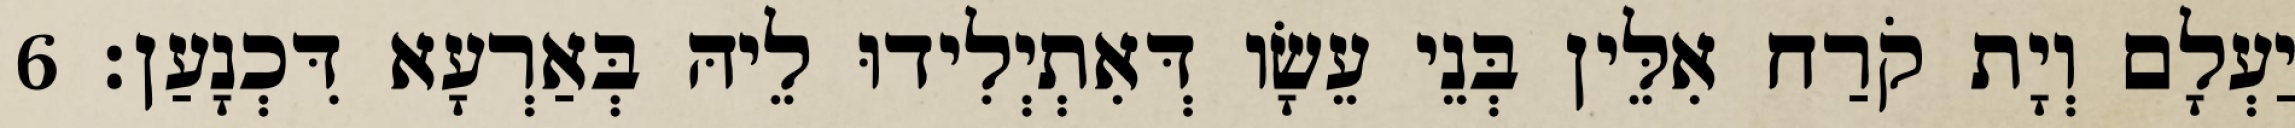
יַעְלָם וְיָת קֹרַח אִלֵּין בְּנֵי עֵשָׂו דְּאִתְיְלִידוּ לֵיהּ בְּאַרְעָא דִּכְנָעַן׃ 6